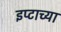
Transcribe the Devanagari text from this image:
इप्टाच्या